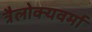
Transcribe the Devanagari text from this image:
त्रैलोक्यवर्मा